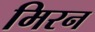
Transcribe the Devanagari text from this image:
मिरन